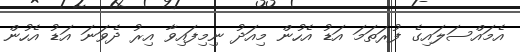
އެމައްސަލައިގެ ފުރަތަމަ އަޑު އެހުން މިއަދު ނިމިފައިވާ އިރު ދެވަނަ އަޑު އެހުން